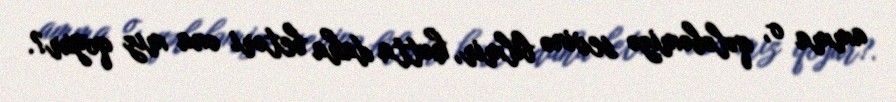
amma o, qələbəmizə sevinə bilmir, hətta daha betəri ona mız qoyur?.